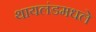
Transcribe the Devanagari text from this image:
थायलंडमधले